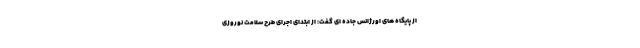
از پایگاه های اورژانس جاده ای گفت:‌ از ابتدای اجرای طرح سلامت نوروزی